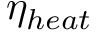
\eta _ { h e a t }